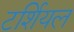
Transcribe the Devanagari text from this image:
टर्शियल